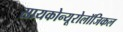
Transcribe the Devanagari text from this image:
सायकोन्यूरोलॉजिकल